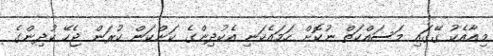
މިއާއެކު ގޭގައި މަސައްކަތް ނުކޮށް ހަމައެކަނި އެކުދިންގެ ކަންކަން ކުރަން ޖެހޭ ކުދިންގެ